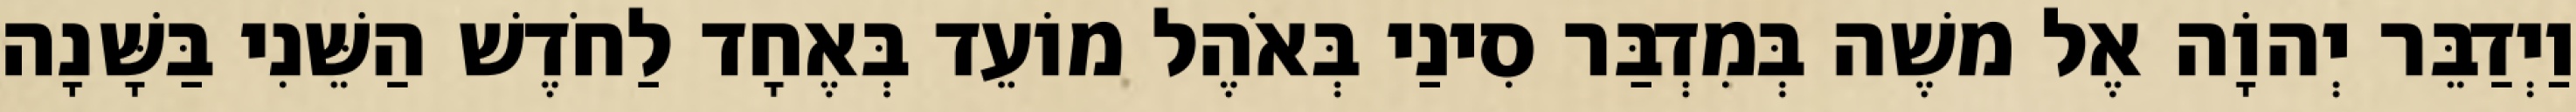
וַיְדַבֵּר יְהוָֹה אֶל משֶׁה בְּמִדְבַּר סִינַי בְּאֹהֶל מוֹעֵד בְּאֶחָד לַחֹדֶשׁ הַשֵּׁנִי בַּשָּׁנָה